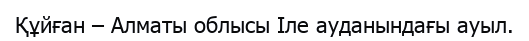
Құйған – Алматы облысы Іле ауданындағы ауыл.